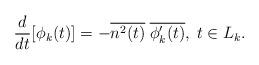
LaTeX: \begin{align*}\frac{d}{dt}[\phi_k(t)] = -\overline{n^2(t)} \;\overline{\phi'_k(t)} ,\;t \in L_k. \end{align*}